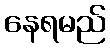
နေရမည်